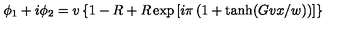
\phi _ { 1 } + i \phi _ { 2 } = v \left\{ 1 - R + R \exp \left[ i \pi \left( 1 + \tanh ( G v x / w ) \right) \right] \right\}